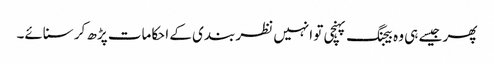
پھر جیسے ہی وہ بیجنگ پہنچی تو انہیں نظر بندی کے احکامات پڑھ کر سنائے۔